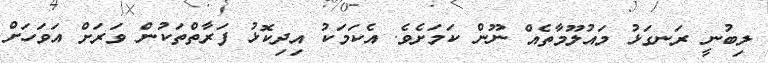
ލިބުނީ ރަނގަޅު މައުލޫމާތެއް ނޫން ކަމަށެވެ. އެކަމަކު އިދިކޮޅު ފަރާތްތަކުން ވަރަށް އަވަހަށް